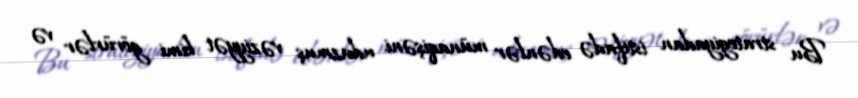
Bu strategiyadan istifadə edənlər münaqişəni uduzmuş vəziyyət kimi görürlər və